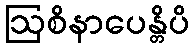
ဩစိနာပေန္တိပိ